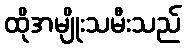
ထိုအမျိုးသမီးသည်